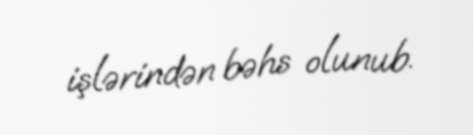
işlərindən bəhs olunub.